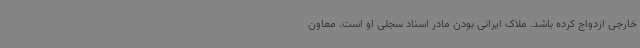
خارجی ازدواج کرده باشد. ملاک ایرانی بودن مادر اسناد سجلی او است. معاون